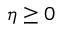
\eta \geq 0